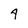
Character: 4